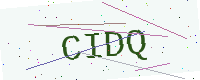
Text: CIDQ